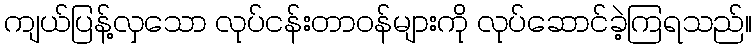
ကျယ်ပြန့်လှသော လုပ်ငန်းတာဝန်များကို လုပ်ဆောင်ခဲ့ကြရသည်။